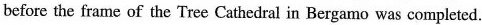
before the frame of the Tree Cathedral in Bergamo was completed.